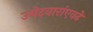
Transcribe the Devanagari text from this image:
उमेदवारांएवढे